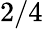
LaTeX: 2/4